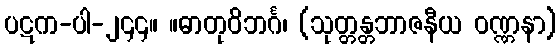
ပဋက-ပါ-၂၄၄။ ။ဓာတုဝိဘင်္ဂ၊ (သုတ္တန္တဘာဇနီယ ဝဏ္ဏနာ)